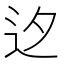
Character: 𨑚